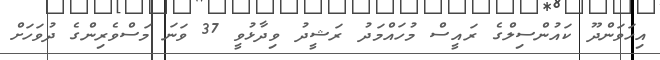
އިހަވަންދޫ ކައުންސިލްގެ ރައީސް މުހައްމަދު ރަޝީދު ވިދާޅުވީ 37 ވަނަ މަސްވެރިންގެ ދުވަހަށް